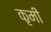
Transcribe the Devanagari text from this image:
कृमीं